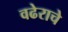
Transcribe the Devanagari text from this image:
वढेराचे